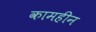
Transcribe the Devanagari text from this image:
कामहीन